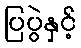
ပြပွဲနှင့်